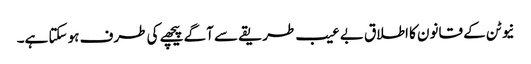
نیوٹن کے قانون کا اطلاق بے عیب طریقے سے آگے پیچھے کی طرف ہو سکتا ہے۔